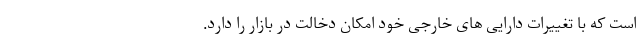
است که با تغییرات دارایی های خارجی خود امکان دخالت در بازار را دارد.